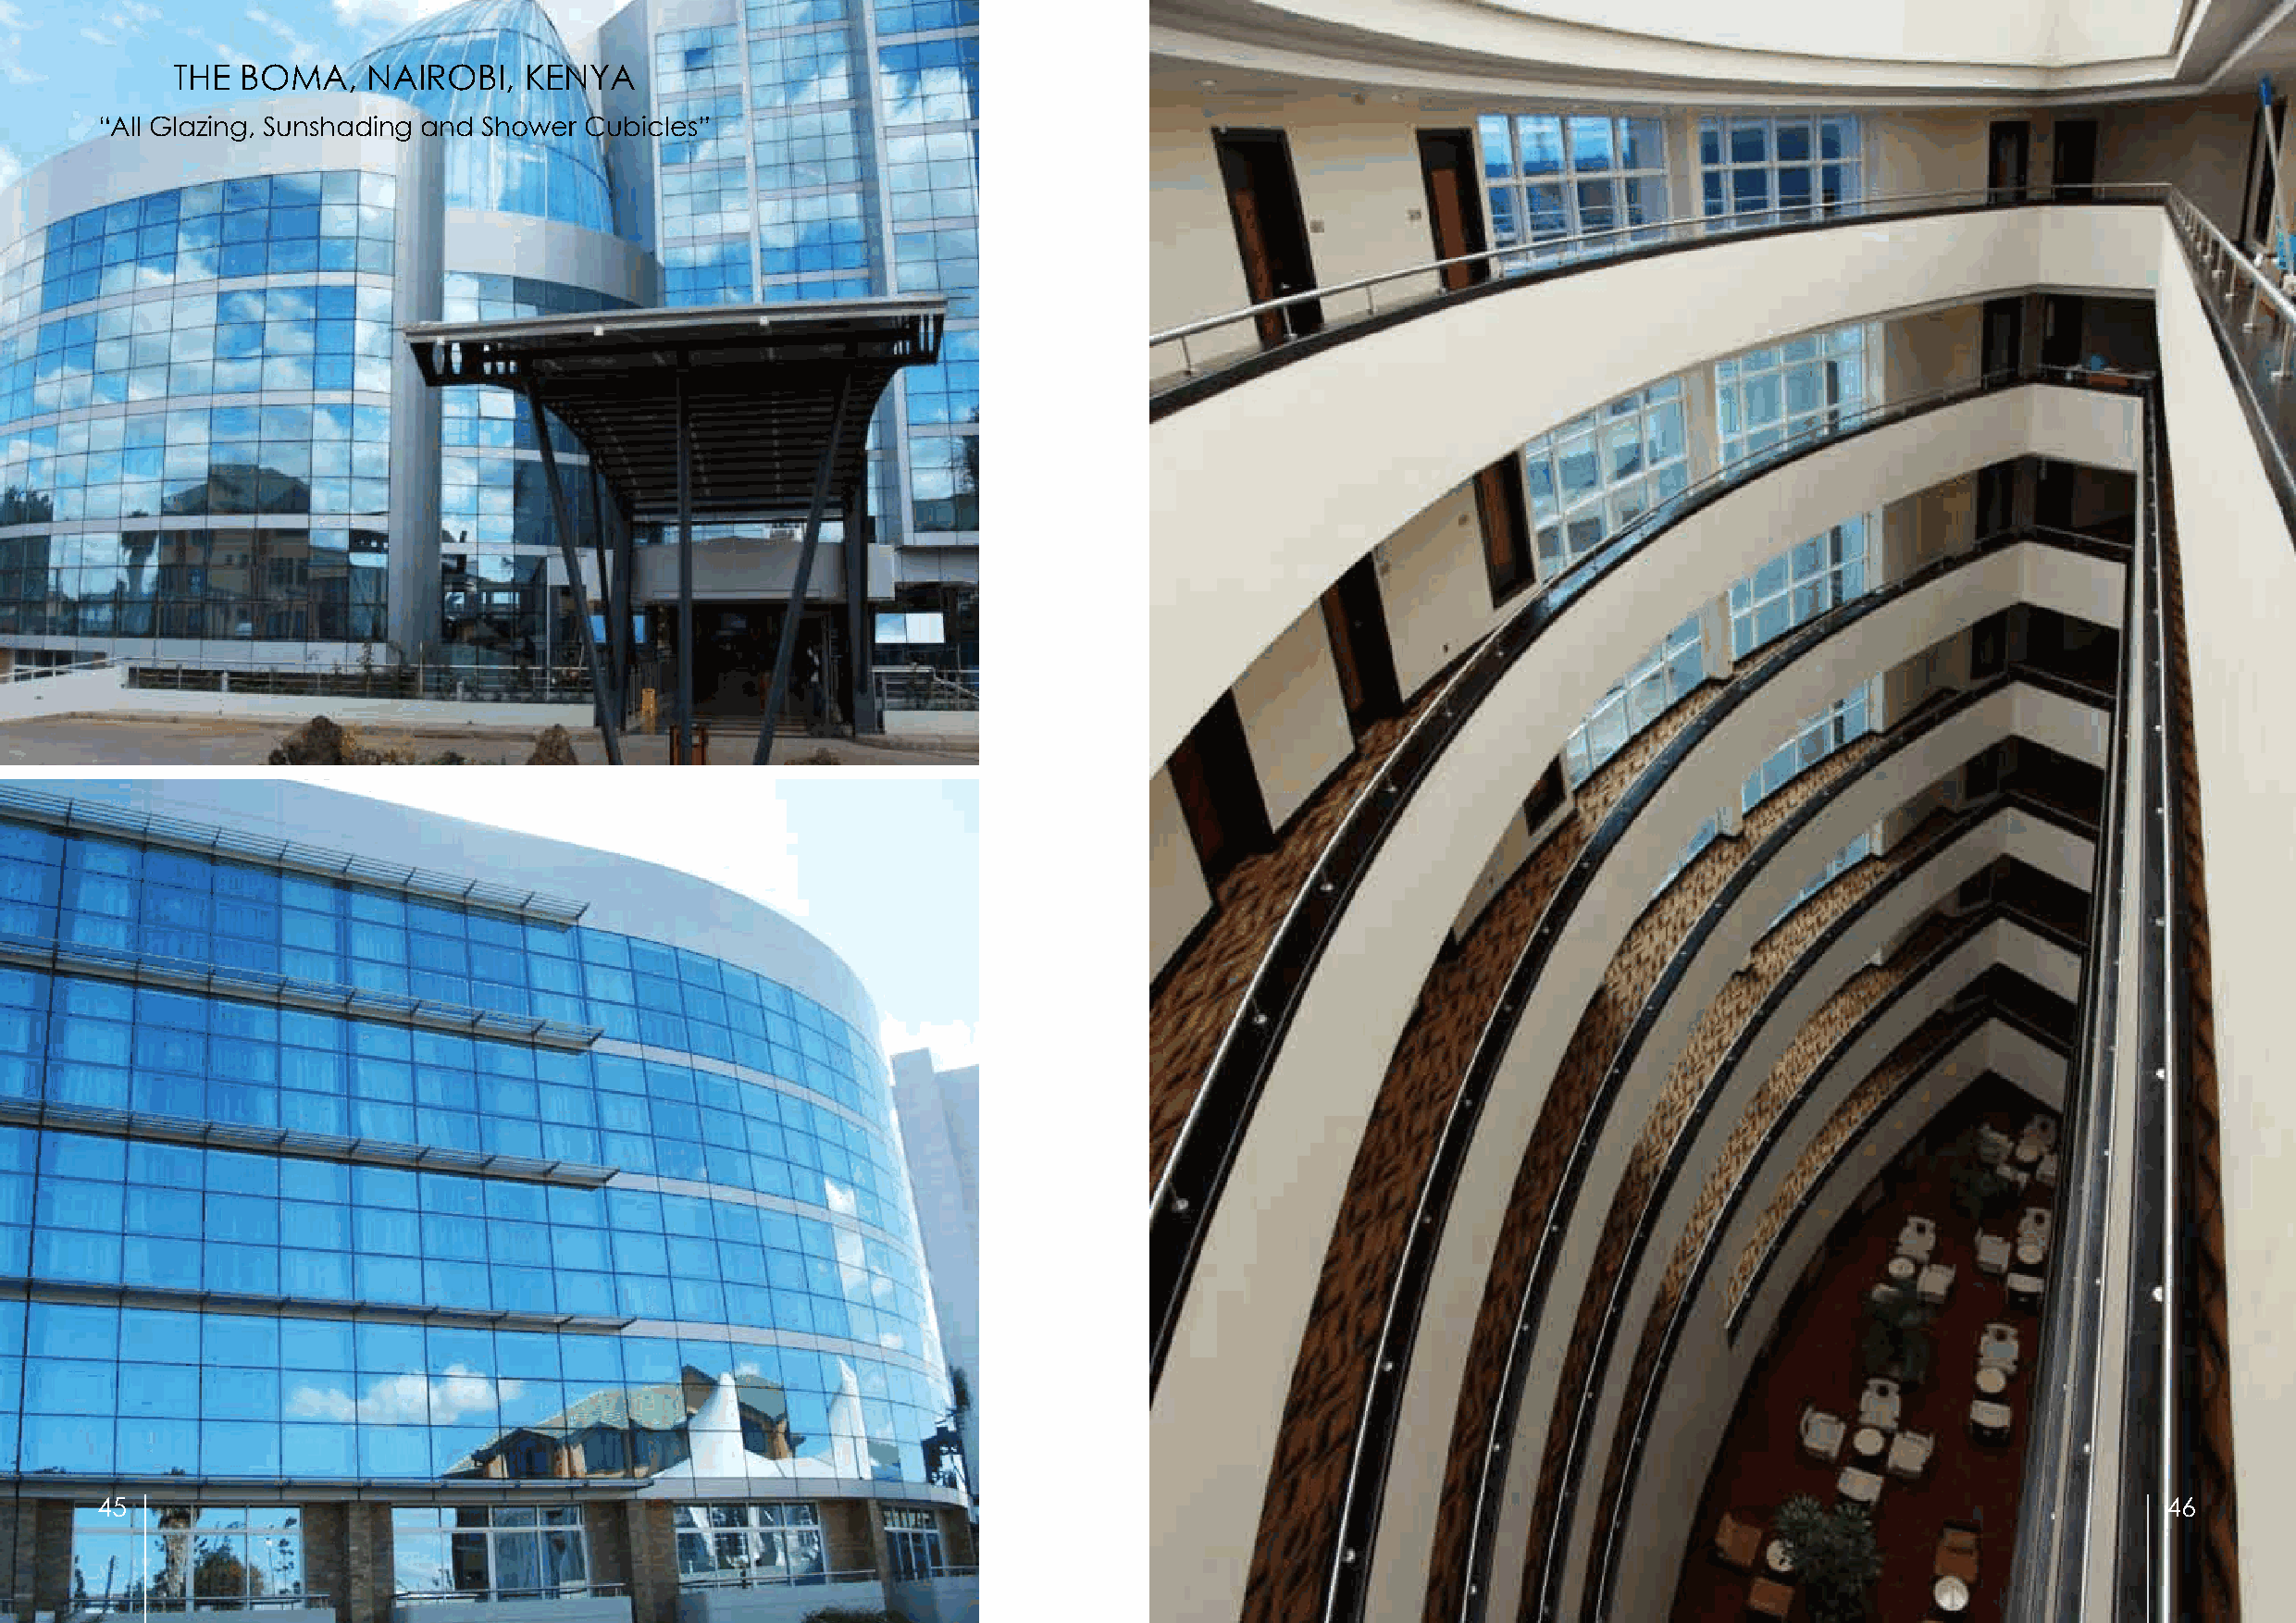
THE  BOMA,    NAIROBI,    KENYA
 “All Glazing, Sunshading and Shower Cubicles”
 45                                                                                                                                                  46